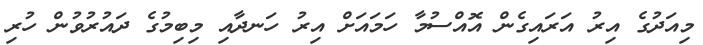
މިއަދުގެ އިރު އަރައިގެން އޮއްސުމާ ހަމައަށް އިރު ހަނދާއި މިބިމުގެ ދައުރުވުން ހުރި